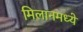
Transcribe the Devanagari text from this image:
मिलानमध्ये